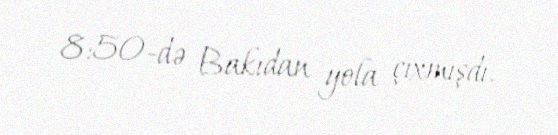
8:50-də Bakıdan yola çıxmışdı.